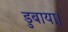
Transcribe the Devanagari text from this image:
डुबाया।